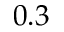
0 . 3